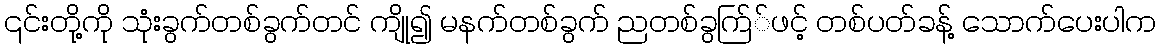
၎င်းတို့ကို သုံးခွက်တစ်ခွက်တင် ကျို၍ မနက်တစ်ခွက် ညတစ်ခွက်ြ်ဖင့် တစ်ပတ်ခန့် သောက်ပေးပါက